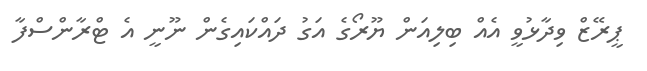
ޕީރޭޒް ވިދާޅުވީ އެއް ބިލިއަން ޔޫރޯގެ އަގު ދައްކައިގެން ނޫނީ އެ ޓްރާންސްފާ